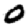
Digit: 0